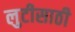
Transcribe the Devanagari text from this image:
लुटीसाठी